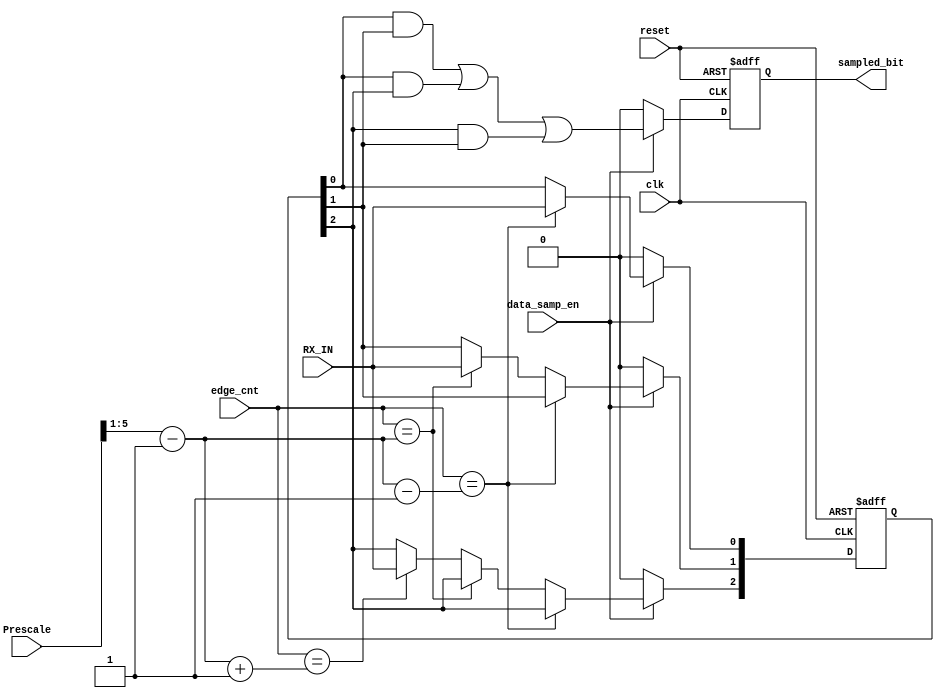
module DataSample (
    input clk , reset ,data_samp_en ,
    input [5:0] edge_cnt ,
    input [5:0]  Prescale,
    input RX_IN ,
    output reg sampled_bit 
);

wire [5:0] half_bit , half_neg1 , half_plus1 ;
reg [2:0] samples ;
assign half_bit   = (Prescale >> 1) - 1 ;
assign half_neg1  = half_bit - 1 ;
assign half_plus1 = half_bit + 1 ;

always @(posedge clk , negedge reset) begin
    if(~reset)
        samples <= 0;
    else if(data_samp_en) begin 
        if(edge_cnt == half_neg1 )
            samples[0] <= RX_IN;
        else if(edge_cnt == half_bit) begin
            samples[1] <= RX_IN;
        end
        else if(edge_cnt == half_plus1) begin
            samples[2] <= RX_IN;
        end
    end
    else begin
        samples <= 0;
    end
end

always @(posedge clk , negedge reset) begin
    if(~reset)
        sampled_bit <= 0;
    else if(data_samp_en)
        sampled_bit <= ((samples[0] & samples[1]) | (samples[0] & samples[2]) | (samples[2] & samples[1]) );
    else begin
        sampled_bit <= 0;
    end
end

    
endmodule